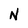
Character: N